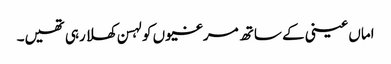
اماں عینی کے ساتھ مرغیوں کو لہسن کھلا رہی تھیں۔